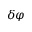
\delta \varphi